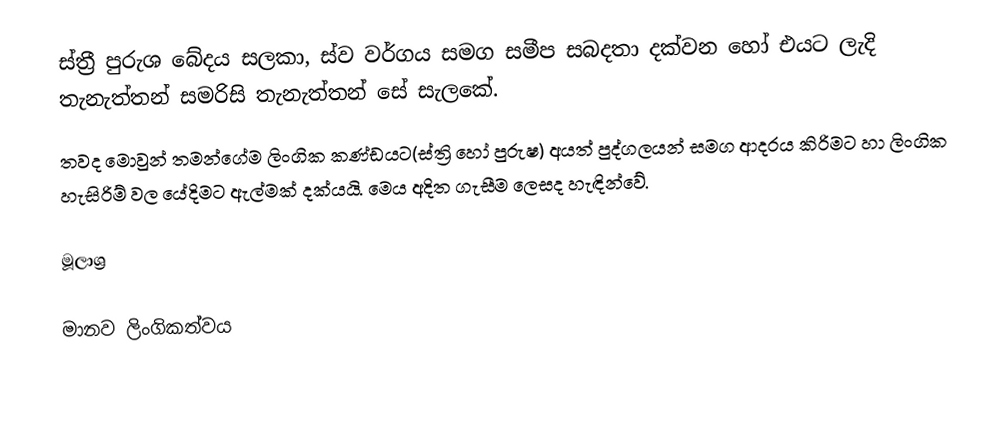
ස්ත්‍රී පුරුශ බේදය සලකා, ස්ව වර්ගය සමග සමීප සබදතා දක්වන හෝ එයට ලැදි තැනැත්තන් සමරිසි තැනැත්තන් සේ සැලකේ.
තවද මොවුන් තමන්ගේම ලිංගික කණ්ඩයට(ස්ත්‍රි හෝ පුරුෂ) අයත් පුද්ගලයන් සමග ආදරය කිරිමට හා ලිංගික හැසිරිම් වල යේදිමට ඇල්මක් දක්යයි. මෙය අදිත ගැසීම ලෙසද හැඳින්වේ.

මූලාශ්‍ර

මානව ලිංගිකත්වය